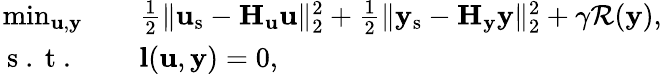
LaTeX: \begin{array}{rl}{\operatorname*{min}_{\mathbf{u},\mathbf{y}}\quad}&{{}\frac{1}{2}\| \mathbf{u}_{\mathrm{s}}-\mathbf{H}_{\mathbf{u}}\mathbf{u}\| _{2}^{2}+\frac{1}{2}\| \mathbf{y}_{\mathrm{s}}-\mathbf{H}_{\mathbf{y}}\mathbf{y}\| _{2}^{2}+\gamma\mathcal{R}(\mathbf{y}),}\\ {\mathrm{~s~.~t~.~}\quad}&{{}\mathbf{l}(\mathbf{u},\mathbf{y})=0,}\end{array}